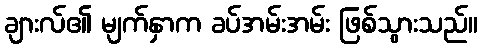
ချားလ်၏ မျက်နှာက ခပ်အမ်းအမ်း ဖြစ်သွားသည်။